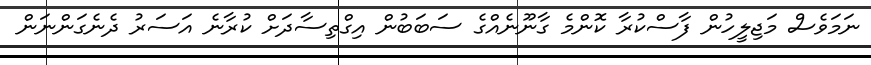
ނަމަވެސް މަޖިލީހުން ފާސްކުރާ ކޮންމެ ގާނޫނެއްގެ ސަބަބުން އިގްތިސާދަށް ކުރާނެ އަސަރު ދެނެގަންނަން